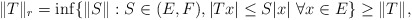
\begin{align*} \|T\|_r=\inf\{\|S\|: S\in(E,F), |Tx|\le S|x|\ \forall x\in E\}\ge\|T\|,\end{align*}